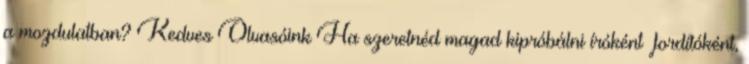
a mozdulatban? Kedves Olvasóink Ha szeretnéd magad kipróbálni íróként fordítóként,